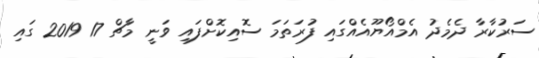
ސަރުކާރާ ދެމެދު އެމްއޯޔޫއެއްގައި ފުރަތަމަ ސޮއިކޮށްފައި ވަނީ މާޗް 17 2019 ގައި